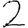
Digit: 2